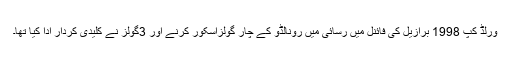
ورلڈ کپ 1998 برازیل کی فائنل میں رسائی میں رونالڈو کے چار گولزاسکور کرنے اور 3گولز نے کلیدی کردار ادا کیا تھا۔